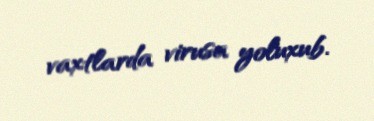
vaxtlarda virusa yoluxub.